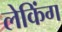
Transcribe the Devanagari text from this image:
लेकिंग